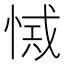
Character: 𢜾